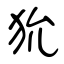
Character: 狁